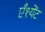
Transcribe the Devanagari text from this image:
एँश्येंट